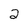
Character: 2